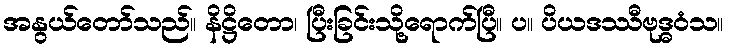
အနွယ်တော်သည်။ နိဋ္ဌိတော၊ ပြီးခြင်းသို့ရောက်ပြီ။ ပ။ ပိယဒဿီဗုဒ္ဓဝံသ။